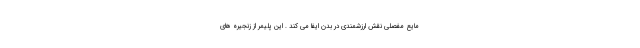
مایع مفصلی نقش ارزشمندی در بدن ایفا می کند . این پلیمر از زنجیره های